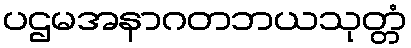
ပဌမအနာဂတဘယသုတ္တံ